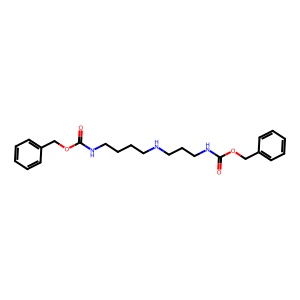
SMILES: O=C(NCCCCNCCCNC(=O)OCc1ccccc1)OCc1ccccc1
Inhibits HIV replication: No